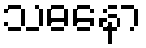
သဓနော